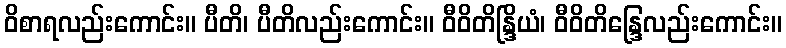
ဝိစာရလည်းကောင်း။ ပီတိ၊ ပီတိလည်းကောင်း။ ဝီဝိတိန္ဒြိယံ၊ ဝီဝိတိန္ဒြေလည်းကောင်း။